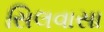
સિલવાસા